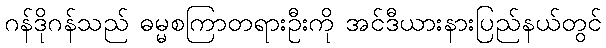
ဂန်ဒိုဂန်သည် ဓမ္မစကြာတရားဦးကို အင်ဒီယားနားပြည်နယ်တွင်